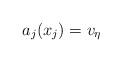
LaTeX: \begin{align*} a_j(x_j) = v_\eta\end{align*}